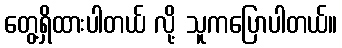
တွေ့ရှိထားပါတယ် လို့ သူကပြောပါတယ်။